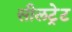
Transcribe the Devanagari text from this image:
सीलट्रेट